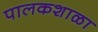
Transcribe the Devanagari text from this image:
पालकशाळा